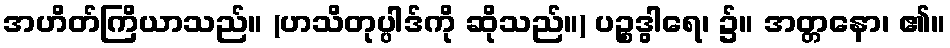
အဟိတ်ကြိယာသည်။ (ဟသိတုပ္ပါဒ်ကို ဆိုသည်။) ပဉ္စဒွါရေ၊ ၌။ အတ္တနော၊ ၏။